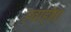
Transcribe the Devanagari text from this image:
हवाहोता